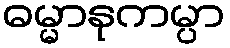
ဓမ္မာနုကမ္ပာ